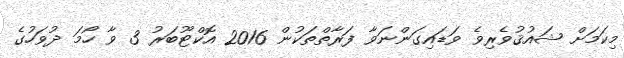
މިކަމަށް ޝައުޤުވެރިވެ ވަޑައިގަންނަވާ ފަރާތްތަކުން 2016 އޮކްޓޫބަރު 3 ވާ ހޯމަ ދުވަހުގެ